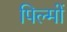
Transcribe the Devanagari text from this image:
पिल्मों